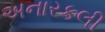
અનારકલી